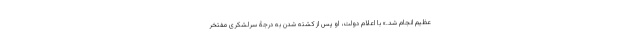
عظیم انجام شد.» با اعلام دولت، او پس از کشته شدن به درجۀ سرلشکری مفتخر